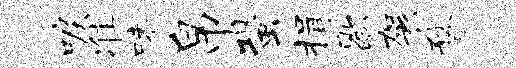
唳准味帛蛩揖歇袈瞀